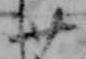
廿